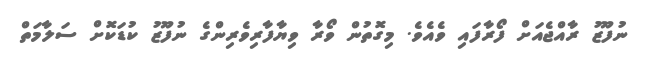
ނުފޫޒު ރާއްޖެއަށް ފޯރާފައި ވެއެވެ. މިގޮތުން ވޯރާ ވިޔާފާރިވެރިންގެ ނުފޫޒު ކުޑަކޮށް ސަލާމަތް